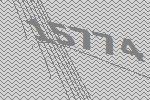
15774